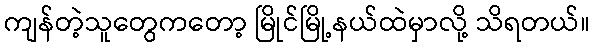
ကျန်တဲ့သူတွေကတော့ မြိုင်မြို့နယ်ထဲမှာလို့ သိရတယ်။